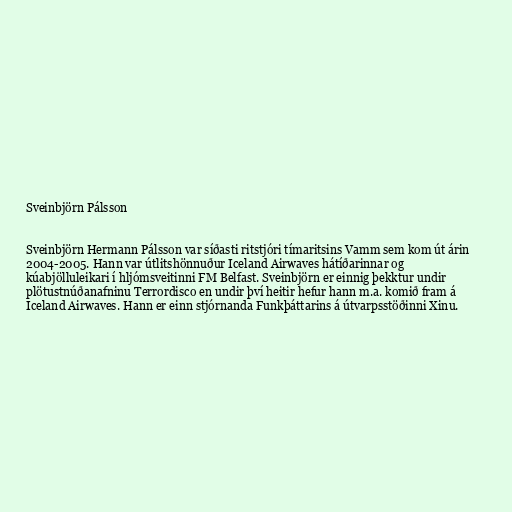
Sveinbjörn Pálsson

Sveinbjörn Hermann Pálsson var síðasti ritstjóri tímaritsins Vamm sem kom út árin
2004-2005. Hann var útlitshönnuður Iceland Airwaves hátíðarinnar og
kúabjölluleikari í hljómsveitinni FM Belfast. Sveinbjörn er einnig þekktur undir
plötustnúðanafninu Terrordisco en undir því heitir hefur hann m.a. komið fram á
Iceland Airwaves. Hann er einn stjórnanda Funkþáttarins á útvarpsstöðinni Xinu.